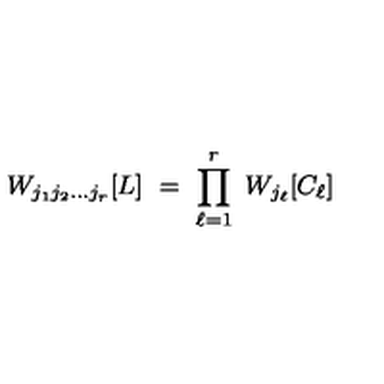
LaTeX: W _ { j _ { 1 } j _ { 2 } \ldots j _ { r } } [ L ] \ = \ \prod _ { \ell = 1 } ^ { r } \ W _ { j _ { \ell } } [ C _ { \ell } ]